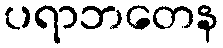
ပရာဘတေန